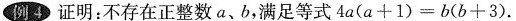
例4 证明：不存在正整数a、b，满足等式4a(a + 1)=b(b + 3)。